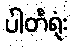
ပါတီရုံး